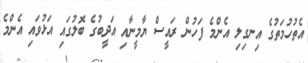
އެތުހުމަތުގެ އިނގިލި އެންމެ ފަހުން ރައީސް ޔާމީނާއި އަދީބުގެ ބޮލުގައި އަޅުވައި އެންމެ